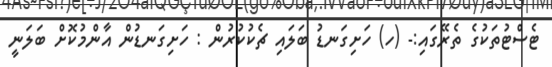
ޓެސްޓުތަކުގެ ތެރޭގައި:- (ހ) ހަށިގަނޑު ބަލައި ޗެކުކުރުން : ހަށިގަނޑުން އާންމުކޮށް ބަލަނީ